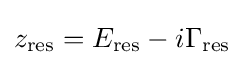
z_{\mathrm {res} }=E_{\mathrm {res} }-i\Gamma _{\mathrm {res} }